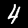
Label: 4